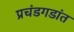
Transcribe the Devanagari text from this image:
प्रचंडगडांत